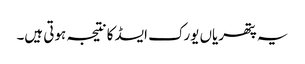
یہ پتھریاں یورک ایسڈ کا نتیجہ ہوتی ہیں۔